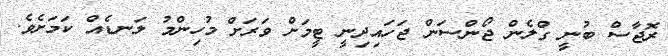
ރޮޖާސް ބުނީ ގްލެން ޖޯންސަން ޖަހައިދިނީ ޓީމަށް ވަރަށް މުހިންމު ލަނޑެއް ކަމަށެވެ.